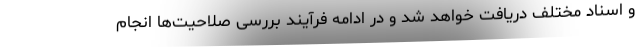
و اسناد مختلف دریافت خواهد شد و در ادامه فرآیند بررسی صلاحیت‌ها انجام